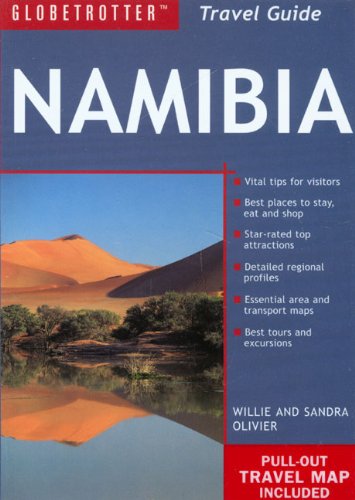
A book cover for Namibia Travel Pack (Globetrotter Travel Packs); New Holland Publishers (UK) Ltd.; Travel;